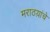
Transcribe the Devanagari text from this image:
मराठय़ांचे